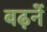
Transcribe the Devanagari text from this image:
बढ़नें